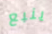
ينبع